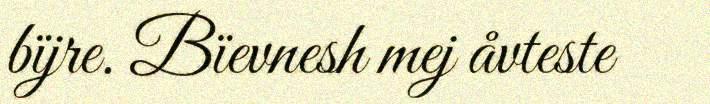
bïjre. Bïevnesh mej åvteste